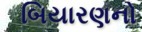
બિયારણનો